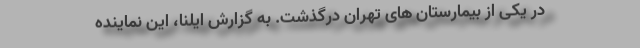
در یکی از بیمارستان های تهران درگذشت. به گزارش ایلنا، این نماینده